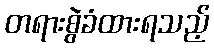
တရားစွဲခံထားရသည့်